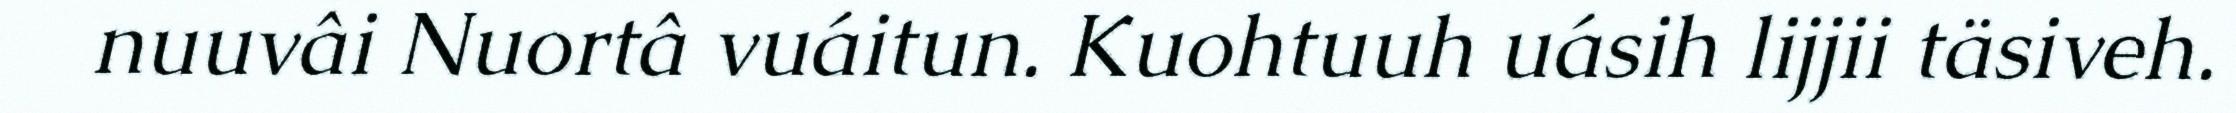
nuuvâi Nuortâ vuáitun. Kuohtuuh uásih lijjii täsiveh.